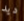
ديد